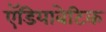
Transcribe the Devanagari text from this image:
ऍडियाबेटिक